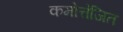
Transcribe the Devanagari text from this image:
कमोत्तेजित